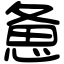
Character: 惫